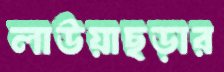
লাউয়াছড়ার